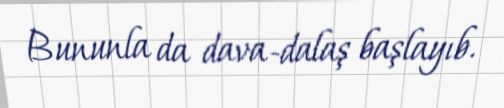
Bununla da dava-dalaş başlayıb.